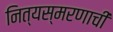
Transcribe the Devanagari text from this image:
नित्यस्मरणाची